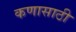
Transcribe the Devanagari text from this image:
कणासाठी